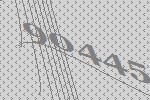
90445